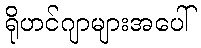
ရိုဟင်ဂျာများအပေါ်